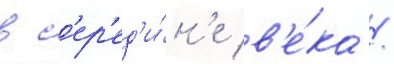
в с'ер'ед'и́н'е в'е́ка /